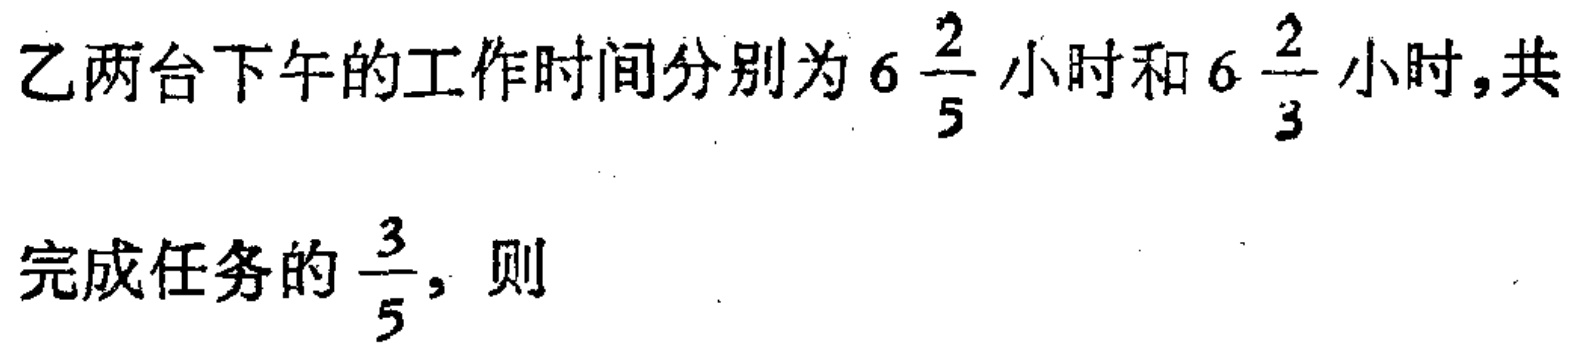
乙两台下午的工作时间分别为\(6\frac{2}{5}\)小时和\(6\frac{2}{3}\)小时,共完成任务的\(\frac{3}{5}\)，则